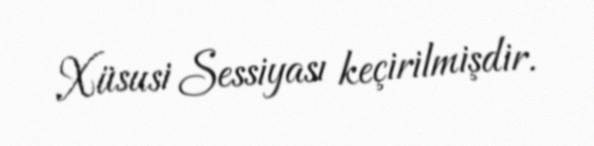
Xüsusi Sessiyası keçirilmişdir.